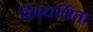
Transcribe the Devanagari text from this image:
बिंबधर्मिता